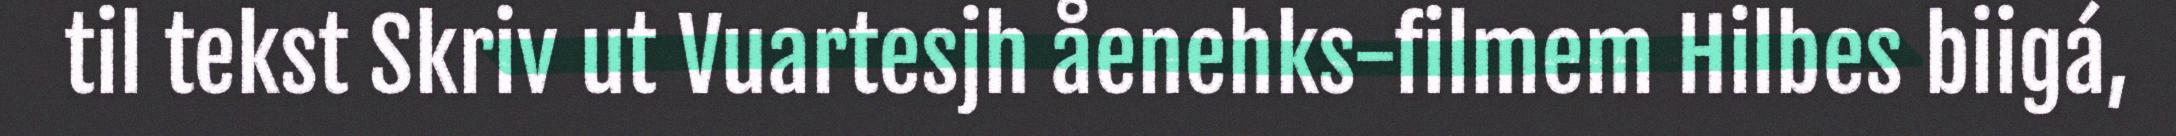
til tekst Skriv ut Vuartesjh åenehks-filmem Hilbes biigá,